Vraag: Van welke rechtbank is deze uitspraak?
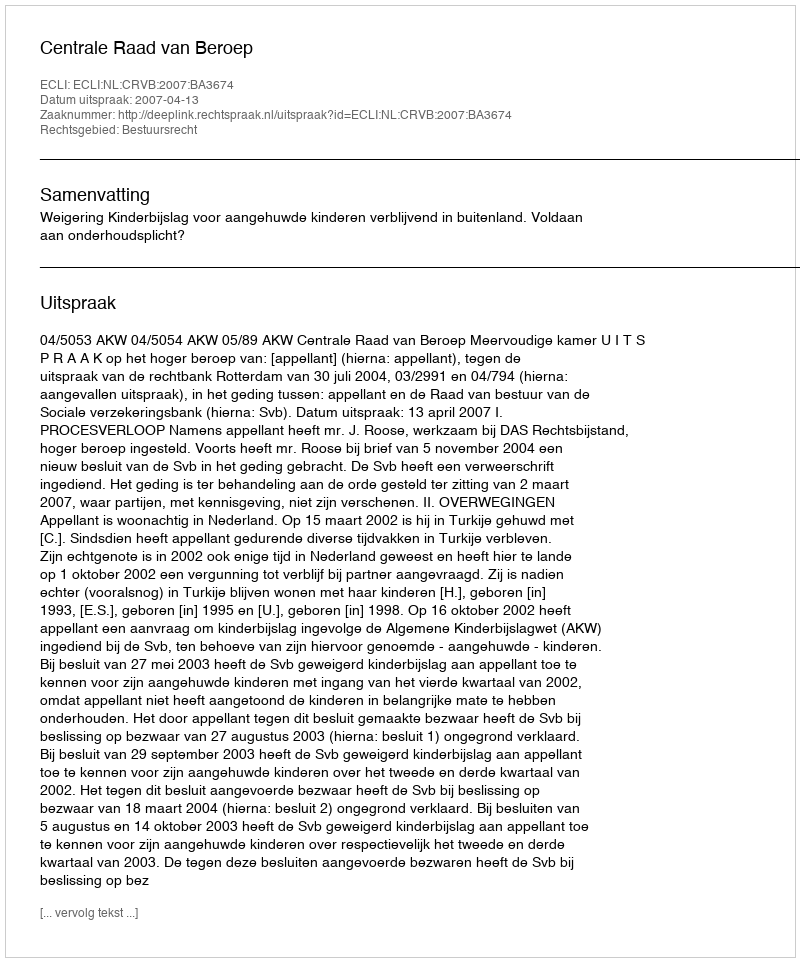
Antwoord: Centrale Raad van Beroep